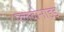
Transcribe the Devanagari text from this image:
फ़्लेवोनाइड